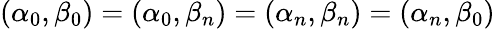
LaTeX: (\alpha_{0},\beta_{0})=(\alpha_{0},\beta_{n})=(\alpha_{n},\beta_{n})=(\alpha_{n},\beta_{0})